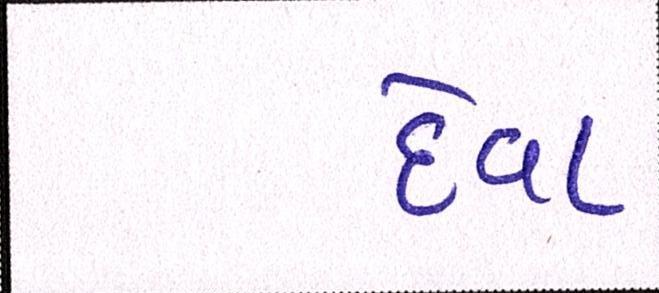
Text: દેવા